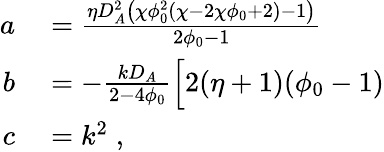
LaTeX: \begin{array}{rl}{a}&{{}=\frac{\eta D_{A}^{2}\left(\chi\phi_{0}^{2}\left(\chi-2\chi\phi_{0}+2\right)-1\right)}{2\phi_{0}-1}}\\ {b}&{{}=-\frac{kD_{A}}{2-4\phi_{0}}\Bigl[2(\eta+1)(\phi_{0}-1)}\\ {c}&{{}=k^{2}\; ,}\end{array}